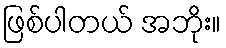
ဖြစ်ပါတယ် အဘိုး။